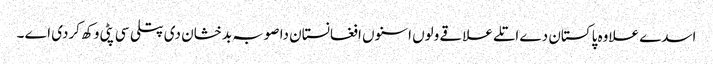
اسدے علاوہ پاکستان دے اتلے علاقے ولوں اسنوں افغانستان دا صوبہ بدخشان دی پتلی سی پٹی وکھ کردی اے ۔